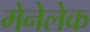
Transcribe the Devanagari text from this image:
मेनेलेक